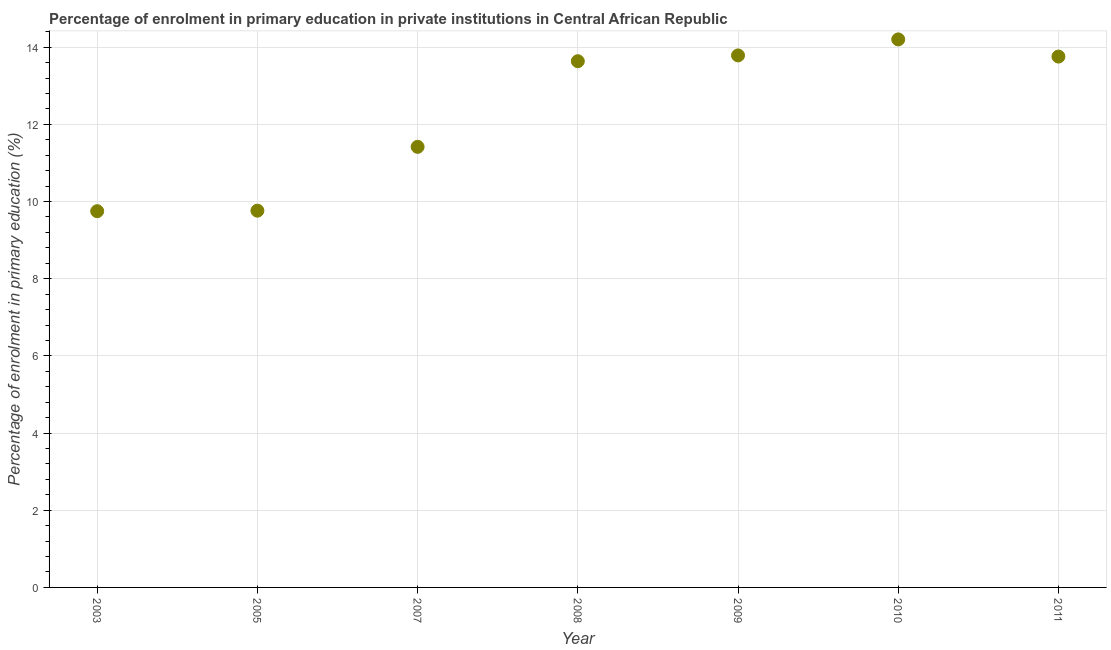
| Year | Enrolment  |
 | --- | --- |
 | 2003 | 9.75 |
 | 2005 | 9.76 |
 | 2007 | 11.4 |
 | 2008 | 13.6 |
 | 2009 | 13.8 |
 | 2010 | 14.2 |
 | 2011 | 13.8 |